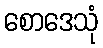
စောဒေသုံ